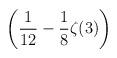
LaTeX: \begin{align*}\displaystyle\left(\frac{1}{12}-\frac{1}{8}\zeta(3)\right)\end{align*}